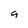
Character: a